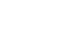
ရက်အ